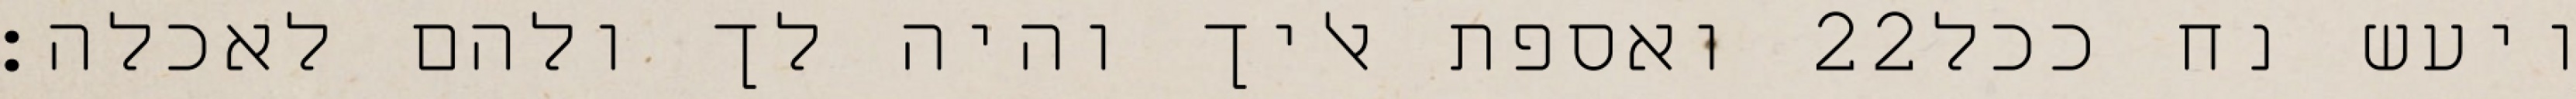
ואספת אליך והיה לך ולהם לאכלה׃ ‎22‏ ויעש נח ככל